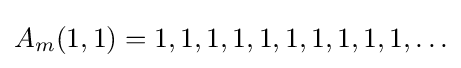
A_{m}(1,1)=1,1,1,1,1,1,1,1,1,1,\ldots